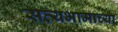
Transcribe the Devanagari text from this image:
सत्यभामाच्या